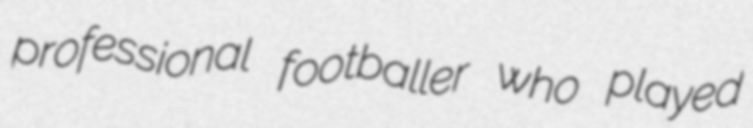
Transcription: professional footballer who played